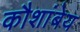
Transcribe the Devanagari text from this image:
कौशांबेय